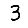
Digit: 3